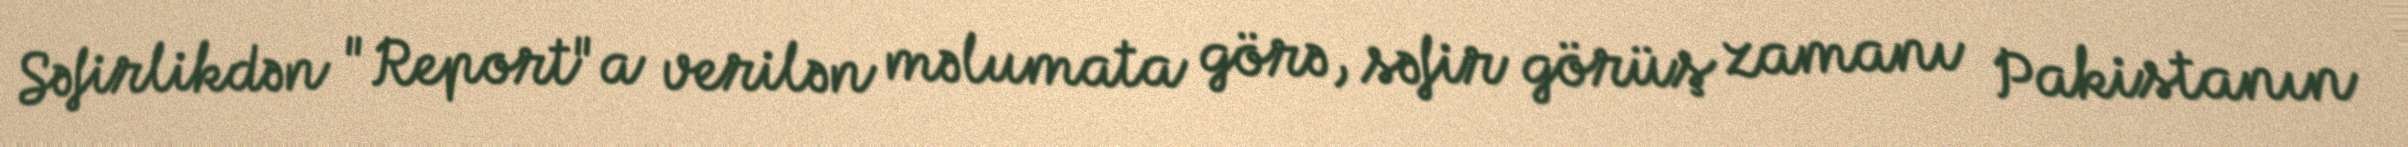
Səfirlikdən "Report"a verilən məlumata görə, səfir görüş zamanı Pakistanın